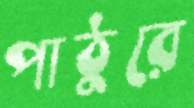
পাঠুরে